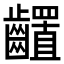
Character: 𪙳